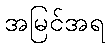
အမြင်အရ